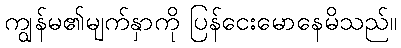
ကျွန်မ၏မျက်နှာကို ပြန်ငေးမောနေမိသည်။